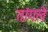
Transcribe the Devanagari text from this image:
तांगले